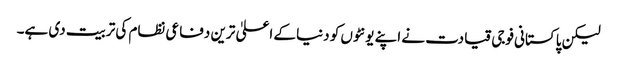
لیکن پاکستانی فوجی قیادت نے اپنے یونٹوں کو دنیا کے اعلیٰ ترین دفاعی نظام کی تربیت دی ہے۔